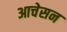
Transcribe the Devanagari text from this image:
आचेसन